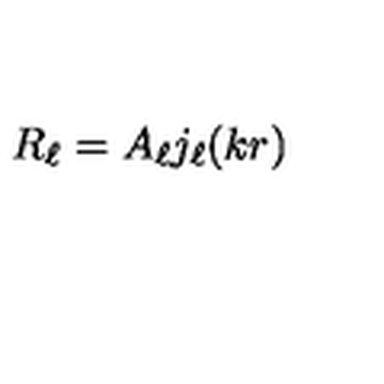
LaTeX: R _ { \ell } = A _ { \ell } j _ { \ell } ( k r )